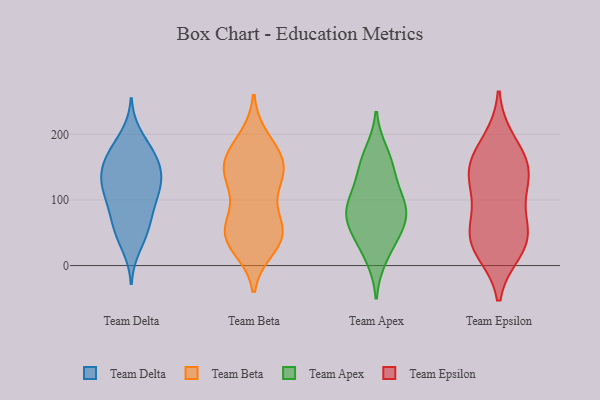
{"axis": {"x": "Population (Million)", "y": "Value"}, "legend": ["Team Apex", "Team Beta", "Team Delta", "Team Epsilon"], "data": [{"x": "", "y": 145, "type": "Team Delta"}, {"x": "", "y": 46, "type": "Team Delta"}, {"x": "", "y": 121, "type": "Team Delta"}, {"x": "", "y": 61, "type": "Team Delta"}, {"x": "", "y": 95, "type": "Team Delta"}, {"x": "", "y": 199, "type": "Team Delta"}, {"x": "", "y": 55, "type": "Team Delta"}, {"x": "", "y": 168, "type": "Team Delta"}, {"x": "", "y": 150, "type": "Team Delta"}, {"x": "", "y": 128, "type": "Team Delta"}, {"x": "", "y": 169, "type": "Team Delta"}, {"x": "", "y": 165, "type": "Team Delta"}, {"x": "", "y": 28, "type": "Team Delta"}, {"x": "", "y": 110, "type": "Team Delta"}, {"x": "", "y": 75, "type": "Team Delta"}, {"x": "", "y": 136, "type": "Team Delta"}, {"x": "", "y": 181, "type": "Team Delta"}, {"x": "", "y": 112, "type": "Team Delta"}, {"x": "", "y": 133, "type": "Team Delta"}, {"x": "", "y": 89, "type": "Team Delta"}, {"x": "", "y": 152, "type": "Team Beta"}, {"x": "", "y": 185, "type": "Team Beta"}, {"x": "", "y": 89, "type": "Team Beta"}, {"x": "", "y": 144, "type": "Team Beta"}, {"x": "", "y": 155, "type": "Team Beta"}, {"x": "", "y": 193, "type": "Team Beta"}, {"x": "", "y": 27, "type": "Team Beta"}, {"x": "", "y": 165, "type": "Team Beta"}, {"x": "", "y": 50, "type": "Team Beta"}, {"x": "", "y": 128, "type": "Team Beta"}, {"x": "", "y": 57, "type": "Team Beta"}, {"x": "", "y": 44, "type": "Team Beta"}, {"x": "", "y": 56, "type": "Team Beta"}, {"x": "", "y": 123, "type": "Team Beta"}, {"x": "", "y": 61, "type": "Team Beta"}, {"x": "", "y": 161, "type": "Team Beta"}, {"x": "", "y": 39, "type": "Team Beta"}, {"x": "", "y": 135, "type": "Team Beta"}, {"x": "", "y": 33, "type": "Team Beta"}, {"x": "", "y": 91, "type": "Team Apex"}, {"x": "", "y": 50, "type": "Team Apex"}, {"x": "", "y": 82, "type": "Team Apex"}, {"x": "", "y": 13, "type": "Team Apex"}, {"x": "", "y": 171, "type": "Team Apex"}, {"x": "", "y": 141, "type": "Team Apex"}, {"x": "", "y": 101, "type": "Team Apex"}, {"x": "", "y": 90, "type": "Team Apex"}, {"x": "", "y": 68, "type": "Team Apex"}, {"x": "", "y": 151, "type": "Team Apex"}, {"x": "", "y": 44, "type": "Team Apex"}, {"x": "", "y": 154, "type": "Team Epsilon"}, {"x": "", "y": 31, "type": "Team Epsilon"}, {"x": "", "y": 114, "type": "Team Epsilon"}, {"x": "", "y": 41, "type": "Team Epsilon"}, {"x": "", "y": 24, "type": "Team Epsilon"}, {"x": "", "y": 145, "type": "Team Epsilon"}, {"x": "", "y": 157, "type": "Team Epsilon"}, {"x": "", "y": 188, "type": "Team Epsilon"}, {"x": "", "y": 52, "type": "Team Epsilon"}, {"x": "", "y": 61, "type": "Team Epsilon"}, {"x": "", "y": 124, "type": "Team Epsilon"}]}